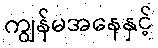
ကျွန်မအနေနှင့်